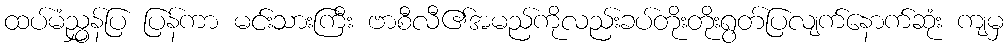
ထပ်မံညွှန်ပြ ပြန်ကာ မင်းသားကြီး ဗာစီလီ၏အမည်ကိုလည်းခပ်တိုးတိုးရွတ်ပြလျက်နောက်ဆုံး ကျမှ